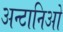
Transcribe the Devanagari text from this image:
अन्टानिओ